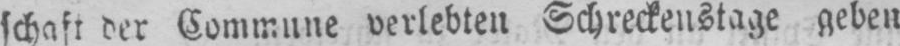
schaft der Commune verlebten Schreckenstage geben